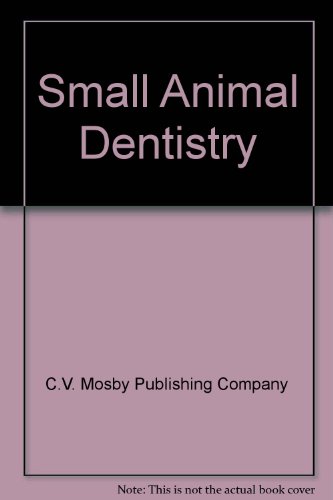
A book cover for Small Animal Dentistry; Colin E. Harvey; Medical Books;